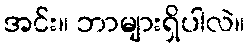
အင်း။ ဘာများရှိပါလဲ။